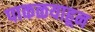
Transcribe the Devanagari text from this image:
पाकळयाहून